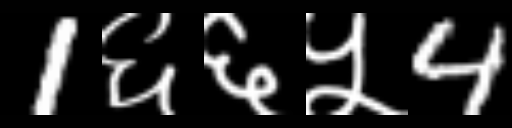
Text: 1६६५4